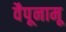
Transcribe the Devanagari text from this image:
वैपूनामू